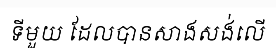
ទីមួយ ដែលបានសាងសង់លើ